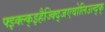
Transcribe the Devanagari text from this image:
फ्झ्क्ल्क्झ्हैज्क्द्जिएवोलिउल्द्फ्